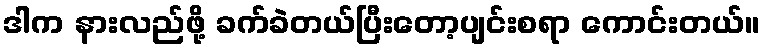
ဒါက နားလည်ဖို့ ခက်ခဲတယ်ပြီးတော့ပျင်းစရာ ကောင်းတယ်။